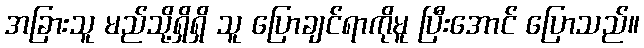
အခြားသူ မည်သို့ရှိရှိ သူ ပြောချင်ရာကိုမူ ပြီးအောင် ပြောသည်။